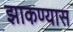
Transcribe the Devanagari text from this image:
झाकण्यास